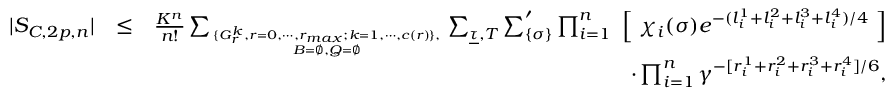
\begin{array} { r l r } { | S _ { { \cal C } , 2 p , n } | } & { \le } & { { \frac { K ^ { n } } { n ! } } \sum _ { \{ G _ { r } ^ { k } , { r = 0 } , \cdots , r _ { m a x } ; { k = 1 } , \cdots , c ( r ) \} , \atop { { \cal B } = \emptyset , { \cal Q } = \emptyset } } \sum _ { \underline { \tau } , { \cal T } } \sum _ { \{ { \sigma } \} } ^ { \prime } \prod _ { i = 1 } ^ { n } \ \Big [ \ \chi _ { i } ( { \sigma } ) e ^ { - ( l _ { i } ^ { 1 } + l _ { i } ^ { 2 } + l _ { i } ^ { 3 } + l _ { i } ^ { 4 } ) / 4 } \ \Big ] } \\ & { } & { \quad \cdot \prod _ { i = 1 } ^ { n } \gamma ^ { - [ r _ { i } ^ { 1 } + r _ { i } ^ { 2 } + r _ { i } ^ { 3 } + r _ { i } ^ { 4 } ] / 6 } , } \end{array}